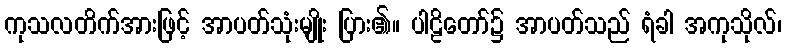
ကုသလတိက်အားဖြင့် အာပတ်သုံးမျိုး ပြား၏။ ပါဠိတော်၌ အာပတ်သည် ရံခါ အကုသိုလ်၊